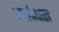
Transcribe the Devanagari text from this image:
अर्धान्धता